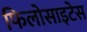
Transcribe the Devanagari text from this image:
फिलोसाइटेस